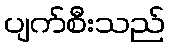
ပျက်စီးသည်